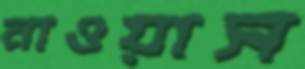
নাওয়াস